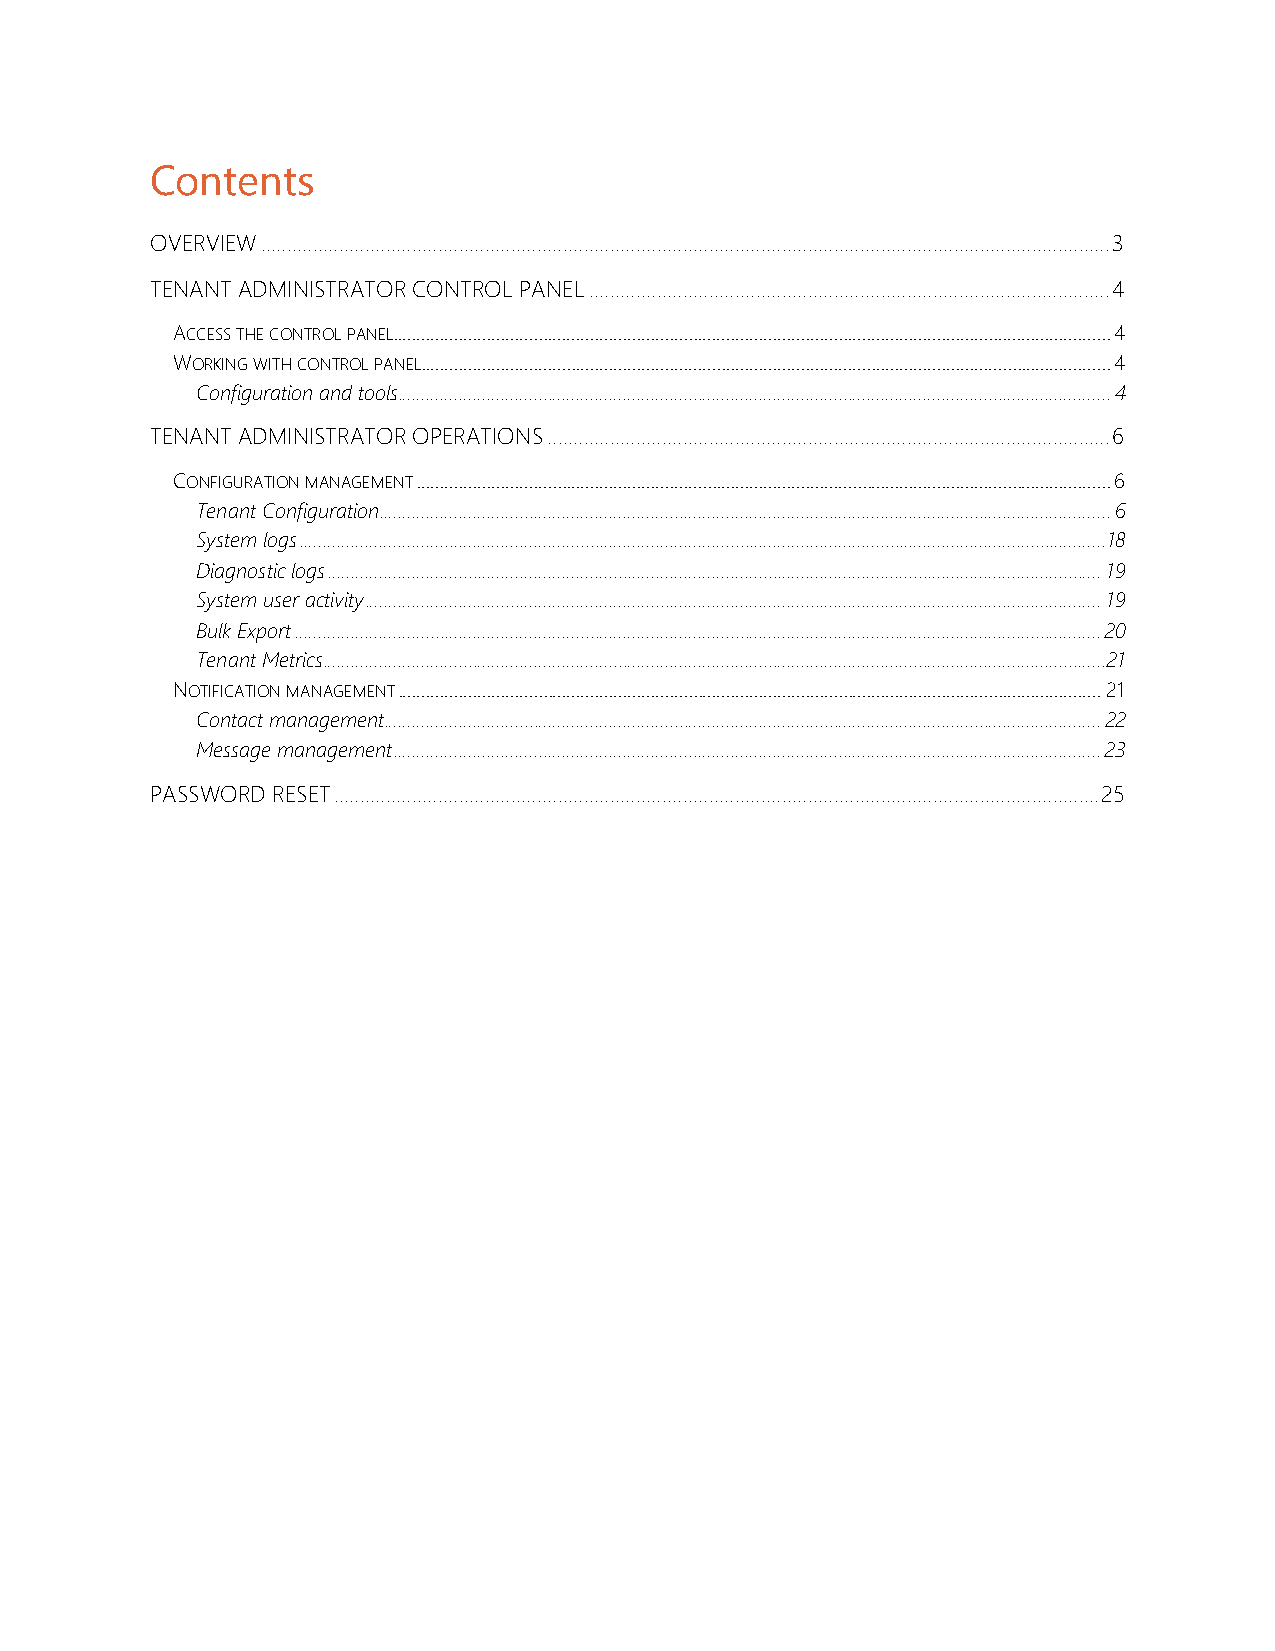
Contents
 OVERVIEW ................................................................................................................................................................... 3
 TENANT ADMINISTRATOR CONTROL PANEL .................................................................................................... 4
 ACCESS THE CONTROL PANEL......................................................................................................................................................... 4
 WORKING WITH CONTROL PANEL ................................................................................................................................................... 4
 Configuration and tools ........................................................................................................................................................ 4
 TENANT ADMINISTRATOR OPERATIONS ............................................................................................................ 6
 CONFIGURATION MANAGEMENT .................................................................................................................................................... 6
 Tenant Configuration ............................................................................................................................................................ 6
 System logs ............................................................................................................................................................................18
 Diagnostic logs ..................................................................................................................................................................... 19
 System user activity ............................................................................................................................................................. 19
 Bulk Export ............................................................................................................................................................................ 20
 Tenant Metrics ....................................................................................................................................................................... 21
 NOTIFICATION MANAGEMENT ...................................................................................................................................................... 21
 Contact management ......................................................................................................................................................... 22
 Message management ....................................................................................................................................................... 23
 PASSWORD RESET ................................................................................................................................................... 25